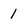
Character: 1